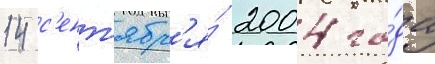
14 с'ент'ябр'я́ 2004 го́да